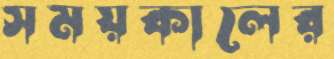
সময়কালের